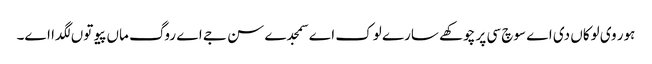
ہور وی لوکاں دی اے سوچ سی پر چوکھے سارے لوک اے سمجدے سن جے اے روگ ماں پیو توں لگدا اے۔